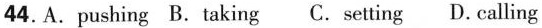
44. A. pushing B. taking C. setting D. calling